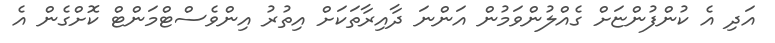
އަދި އެ ކުންފުންޏަށް ގެއްލުންވަމުން އަންނަ ދާއިރާތަކަށް އިތުރު އިންވެސްޓްމަންޓް ކޮށްގެން އެ